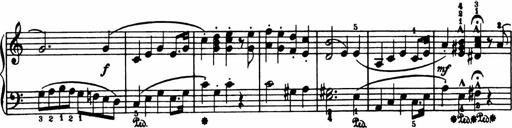
Title: Analytical Sonatinas
Composer: Frank Lynes